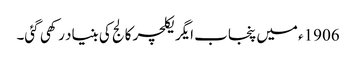
1906ء میں پنجاب ایگریکلچر کالج کی بنیاد رکھی گئی۔